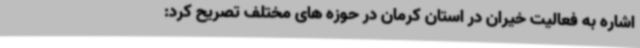
اشاره به فعالیت خیران در استان کرمان در حوزه های مختلف تصریح کرد: